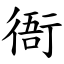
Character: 衙